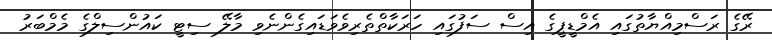
ރޭގެ ރަސްމިއްޔާތުގައި އެމްޑީޕީގެ އިސް ސަފުގައި ހަރަކާތްތެރިވެވަޑައިގެންނެވި މާލޭ ސިޓީ ކައުންސިލްގެ މެމްބަރު